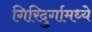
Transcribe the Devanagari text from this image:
गिरिदुर्गामध्ये